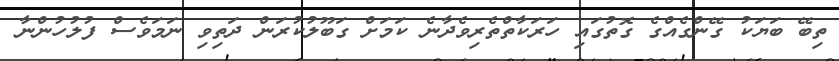
ތިބޭ ބަޔަކު ގޭންގެއްގެ ގޮތުގައި ހަރަކާތްތެރިވެދާނެ ކަމަށް ގަބޫލުކުރަން ދަތިވި ނަމަވެސް ފުލުހުންނާ